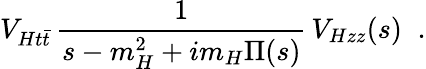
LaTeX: V_{Ht\bar{t}}\, \frac{1}{s-m_{H}^{2}+im_{H}\Pi(s)}\, V_{Hzz}(s)\; \; .